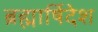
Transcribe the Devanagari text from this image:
ब्रह्मार्षिदेश